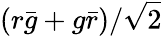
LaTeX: (r{\bar{g}}+g{\bar{r}})/{\sqrt{2}}